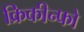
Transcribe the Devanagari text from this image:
क्रिकीन्फो